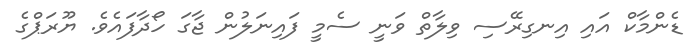
ޑެންމާކް އައި އިނގިރޭސި ވިލާތް ވަނީ ސެމީ ފައިނަލުން ޖާގަ ހޯދާފައެވެ. ޔޫރަޕްގެ